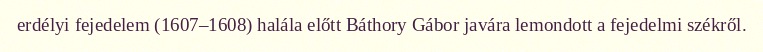
erdélyi fejedelem (1607–1608) halála előtt Báthory Gábor javára lemondott a fejedelmi székről.